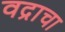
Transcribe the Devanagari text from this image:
वद्राचा